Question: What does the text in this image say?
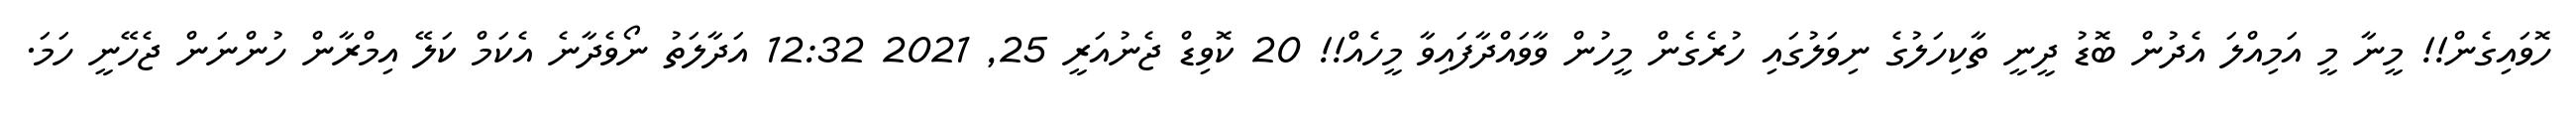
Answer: ހޮވައިގެން!! މީނާ މީ އަމިއްލަ އެދުން ބޮޑު ދީނީ ތާކިހަލުގެ ނިވަލުގައި ހުރެގެން މީހުން ވާވައްދާފައިވާ މީހެއް!! 20 ކޮވިޑް ޖެނުއަރީ 25, 2021 12:32 އަދާލަތު ނޯވެދާނެ އެކަމް ކަލޭ އިމްރާން ހުންނަން ޖެހޭނީ ހަމަ.